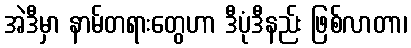
အဲဒီမှာ နာမ်တရားတွေဟာ ဒီပုံဒီနည်း ဖြစ်လာတာ၊